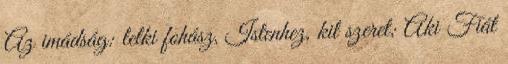
Az imádság: lelki fohász, Istenhez, kit szeret; Aki Fiát